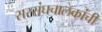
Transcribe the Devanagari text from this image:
सरसंघचालकांची